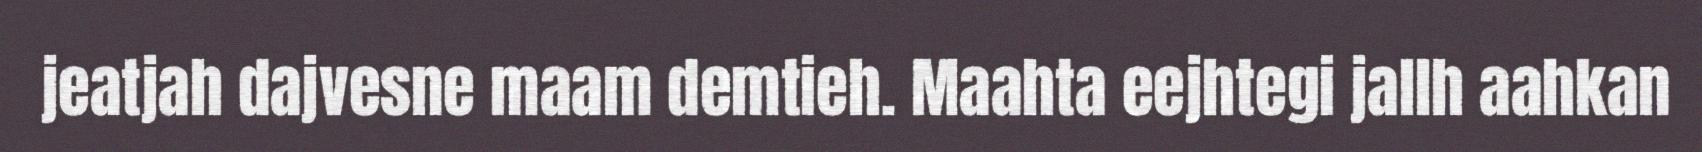
jeatjah dajvesne maam demtieh. Maahta eejhtegi jallh aahkan